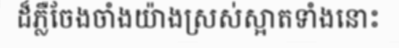
ដ៏ភ្លឺចែងចាំងយ៉ាងស្រស់ស្អាតទាំងនោះ